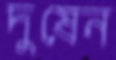
দুষেন